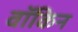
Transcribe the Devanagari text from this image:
वॉकिन